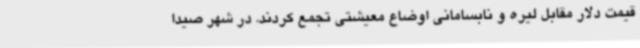
قیمت دلار مقابل لیره و نابسامانی اوضاع معیشتی تجمع کردند. در شهر صیدا